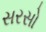
સરસો